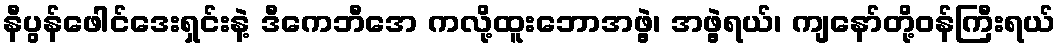
နီပွန်ဖေါင်ဒေးရှင်းနဲ့ ဒီကေဘီအေ ကလို့ထူးဘောအဖွဲ့၊ အဖွဲ့ရယ်၊ ကျနော်တို့ဝန်ကြီးရယ်